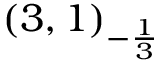
( 3 , 1 ) _ { - { \frac { 1 } { 3 } } }